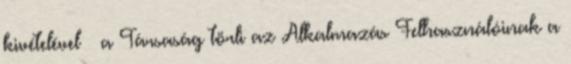
kivételével – a Társaság törli az Alkalmazás Felhasználóinak a